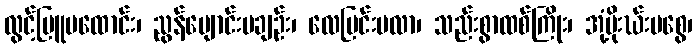
လွင့်မြူမထောင်း၊ ညွန်ပျောင်းမချဉ်း၊ လေပြင်းမလာ၊ သည်းစွာထစ်ကြိုး၊ အုံ့မိုးဃ်းမစွေ၊